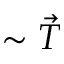
\sim \vec { T }